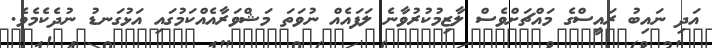
އަދި ނައިބު ރައީސްގެ މައްޗަށްވެސް ލާޒިމުކުރުވާނެ ލަފައެއް ނުވަތަ މަޝްވަރާއެއްކަމުގައި އަޅުގަނޑު ނުދެކެމެވެ.